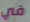
في